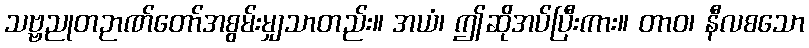
သဗ္ဗညုတဉာဏ်တော်အစွမ်းမျှသာတည်း။ အယံ၊ ဤဆိုအပ်ပြီးကား။ တာဝ၊ နီလစသော